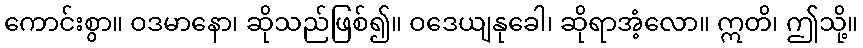
ကောင်းစွာ။ ဝဒမာနော၊ ဆိုသည်ဖြစ်၍။ ဝဒေယျနုခေါ၊ ဆိုရာအံ့လော။ ဣတိ၊ ဤသို့။